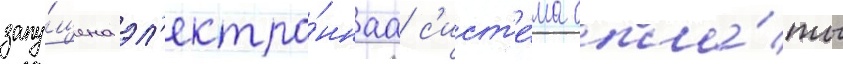
запу́щена эл'ектро́ннаа с'ист'е́ма опла́ты